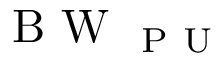
\mathrm { ~ B ~ W ~ } _ { \mathrm { ~ P ~ U ~ } }